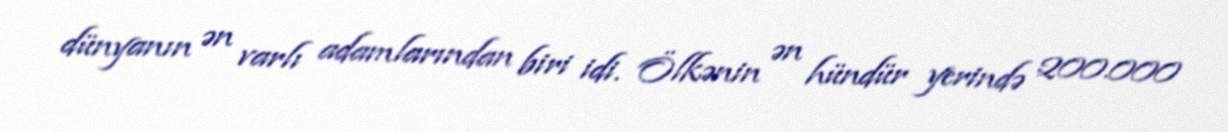
dünyanın ən varlı adamlarından biri idi. Ölkənin ən hündür yerində 200.000